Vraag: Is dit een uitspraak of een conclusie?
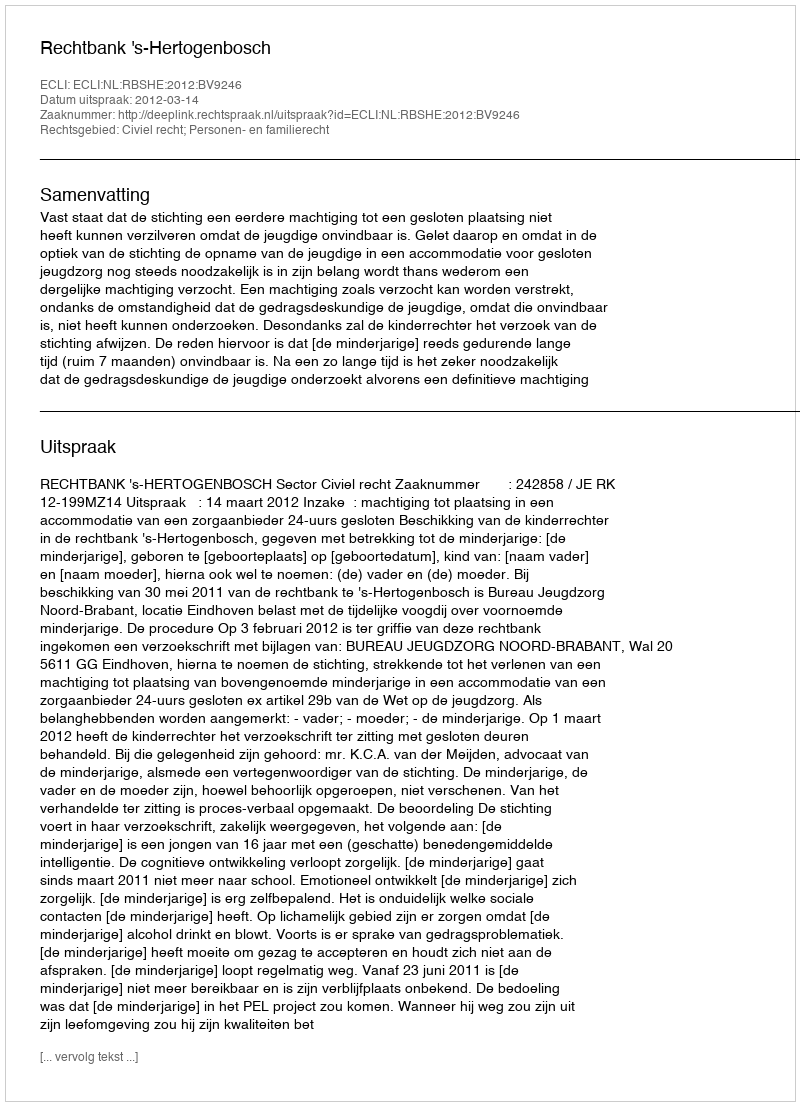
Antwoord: Uitspraak